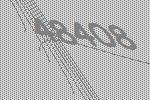
48408